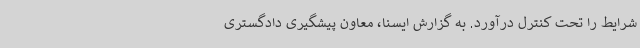
شرایط را تحت کنترل درآورد. به گزارش ایسنا، معاون پیشگیری دادگستری